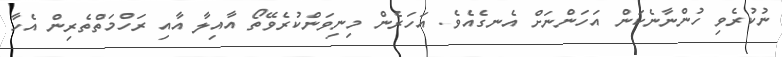
ނުކުރެވި ހުންނާނެކަން އަހަންނަށް އެނގެއެވެ. އަހަރެން މިނިވަންކުރެވޭތޯ އާއިލާ އާއި ރަހްމަތްތެރިން އެހާ